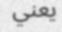
يعني